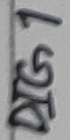
Text: DIG1